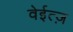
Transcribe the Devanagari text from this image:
वेईत्ज़